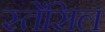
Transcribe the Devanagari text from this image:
स्तेंसिल